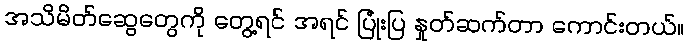
အသိမိတ်ဆွေတွေကို တွေ့ရင် အရင် ပြုံးပြ နှုတ်ဆက်တာ ကောင်းတယ်။